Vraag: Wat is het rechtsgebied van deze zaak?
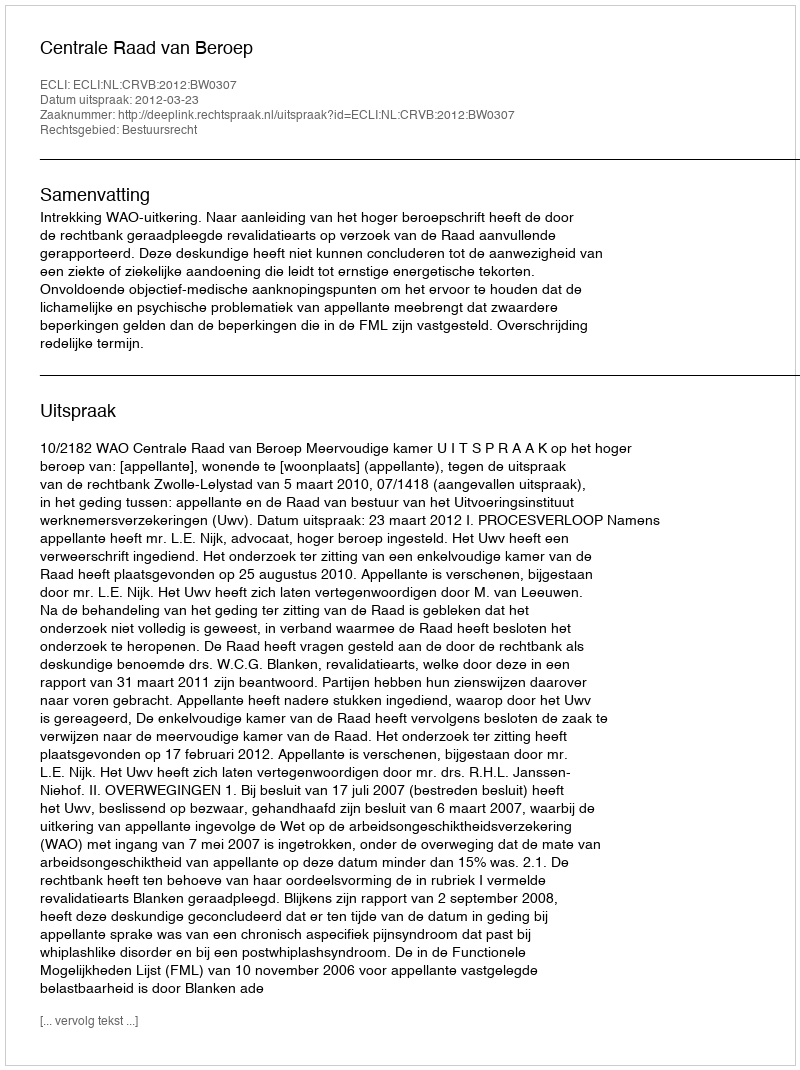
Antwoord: Bestuursrecht